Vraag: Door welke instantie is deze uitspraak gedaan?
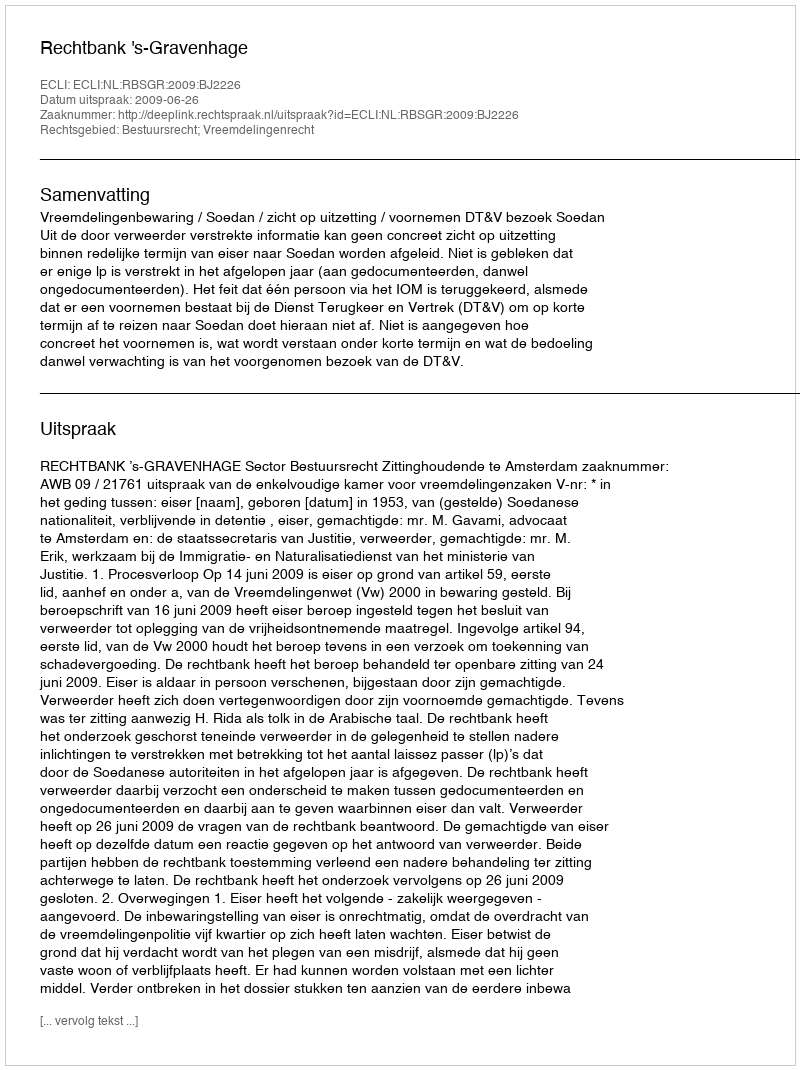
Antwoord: Rechtbank 's-Gravenhage